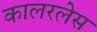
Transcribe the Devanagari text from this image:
कालरलेस